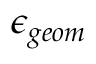
\epsilon _ { g e o m }